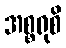
အစ္စရုစိ